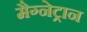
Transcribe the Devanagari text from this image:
मैग्नेट्रान